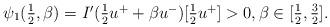
LaTeX: \begin{align*} \psi_1(\textstyle{\frac{1}{2}}, \beta)= I'(\textstyle{\frac{1}{2}}u^++\beta u^-)[\textstyle{\frac{1}{2}}u^+]>0, \beta \in [\textstyle{\frac{1}{2}},\textstyle{\frac{3}{2}}]. \end{align*}